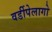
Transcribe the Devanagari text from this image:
वर्डीपेलागो